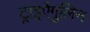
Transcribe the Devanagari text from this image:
ट्राइऐंगुलिन